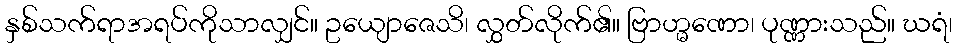
နှစ်သက်ရာအရပ်ကိုသာလျှင်။ ဥယျောဇေသိ၊ လွှတ်လိုက်၏။ ဗြာဟ္မဏော၊ ပုဏ္ဏားသည်။ ဃရံ၊